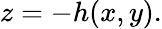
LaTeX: z=-h(x,y).